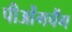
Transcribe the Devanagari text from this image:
पीओंगचैंग